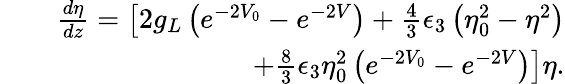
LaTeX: \begin{array}{rlr}&{}&{\frac{d\eta}{dz}=\left[2g_{L}\left(e^{-2V_{0}}-e^{-2V}\right)+\frac{4}{3}\epsilon_{3}\left(\eta_{0}^{2}-\eta^{2}\right)\right.}\\ &{}&{\left.+\frac{8}{3}\epsilon_{3}\eta_{0}^{2}\left(e^{-2V_{0}}-e^{-2V}\right)\right]\eta.}\end{array}